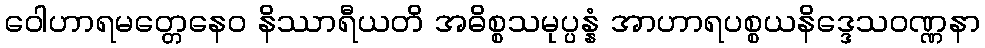
ဝေါဟာရမတ္တေနေဝ နိဿာရီယတိ အဓိစ္စသမုပ္ပန္နံ အာဟာရပစ္စယနိဒ္ဒေသဝဏ္ဏနာ